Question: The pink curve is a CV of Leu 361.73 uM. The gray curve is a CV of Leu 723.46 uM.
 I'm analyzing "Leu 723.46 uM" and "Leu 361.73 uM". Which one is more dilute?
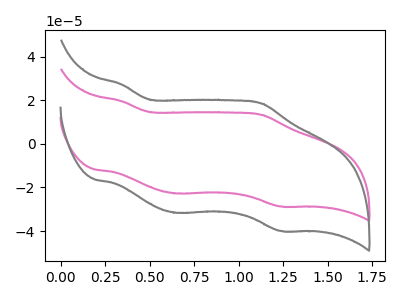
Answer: <think>The pink curve "Leu 361.73 uM" has anodic peaks at (0.35V, 19.60uA) (1.15V, 13.30uA) and cathodic peaks at (0.65V, -22.70uA) (1.25V, -28.70uA). The gray curve "Leu 723.46 uM" has anodic peaks at (0.35V, 27.25uA) (1.15V, 18.50uA) and cathodic peaks at (0.65V, -31.60uA) (1.25V, -39.95uA).
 All the peaks in "Leu 723.46 uM" have a peak in "Leu 361.73 uM" at the same potential. Every peak in "Leu 723.46 uM" is higher than every peak in "Leu 361.73 uM".</think>
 <answer>"Leu 723.46 uM" has more signal than "Leu 361.73 uM" and so likely has a higher concentration.</answer>
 <eval>more_concentration</eval>